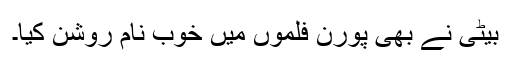
بیٹی نے بھی پورن فلموں میں خوب نام روشن کیا۔